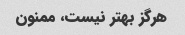
هرگز بهتر نیست، ممنون